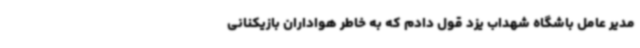
مدیر عامل باشگاه شهداب یزد قول دادم که به خاطر هواداران بازیکنانی